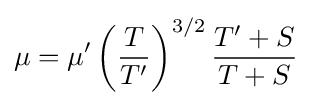
\mu =\mu '\left({\frac {T}{T'}}\right)^{3/2}{\frac {T'+S}{T+S}}